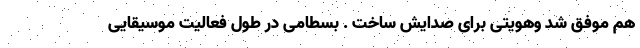
هم موفق شد وهویتی برای صدایش ساخت . بسطامی در طول فعالیت موسیقایی